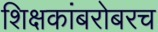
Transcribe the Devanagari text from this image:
शिक्षकांबरोबरच